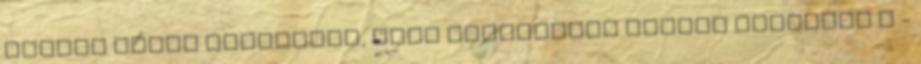
helyre lenne szuksegem, ahol ingyenesen tudnek levelezo l -